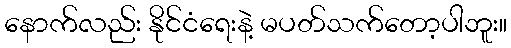
နောက်လည်း နိုင်ငံရေးနဲ့ မပတ်သက်တော့ပါဘူး။